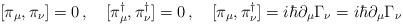
LaTeX: \begin{align*}[\pi_{\mu}, \pi_{\nu}]=0\,,\quad[\pi_{\mu}^{\dag}, \pi_{\nu}^{\dag}]=0\,,\quad[\pi_{\mu}, \pi_{\nu}^{\dag}]=i\hbar \partial _{\mu}\Gamma_{\nu}=i\hbar \partial _{\mu}\Gamma_{\nu}\end{align*}